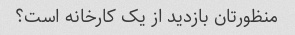
منظورتان بازدید از یک کارخانه است؟